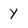
Character: Y